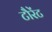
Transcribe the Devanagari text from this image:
टौरेंट